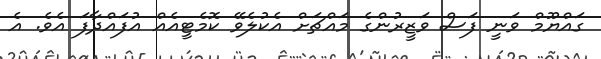
ގައްޔޫމް ވަނީ ފަސް ވަޒީރުންގެ މައްޗަށް އެކުލެވޭ ކޮމެޓީއެއް އުފައްދާފަ އެވެ. އެ